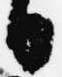
日